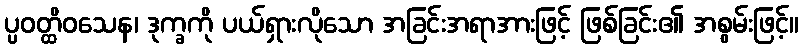
ပ္ပဝတ္ထိဝသေန၊ ဒုက္ခကို ပယ်ရှားလိုသော အခြင်းအရာအားဖြင့် ဖြစ်ခြင်း၏ အစွမ်းဖြင့်။